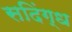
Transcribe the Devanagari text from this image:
सदिंग्ध